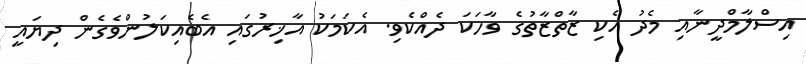
އިސްލާމްދީނާއި މެދު އެކި ޒާތްޒާތުގެ ވާހަކަ ދެއްކެވި. އެކަމަކު އާޚިރުގައި އެބެއިކަލުންވެގެން ދިޔައީ